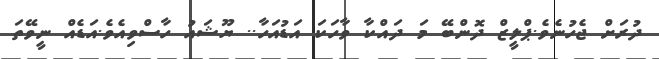
ދުރަށް ޖެހުނެވެ.ޕްލީޒް ދޮންބޭ މަ ދައްކާ ވާހަކަ އަޑުއަހާ.. ޔޫޝައު ހާސްވިއެވެ.އަޑެއް ނީވޭތަ